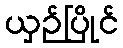
ယှဉ်ပြိုင်